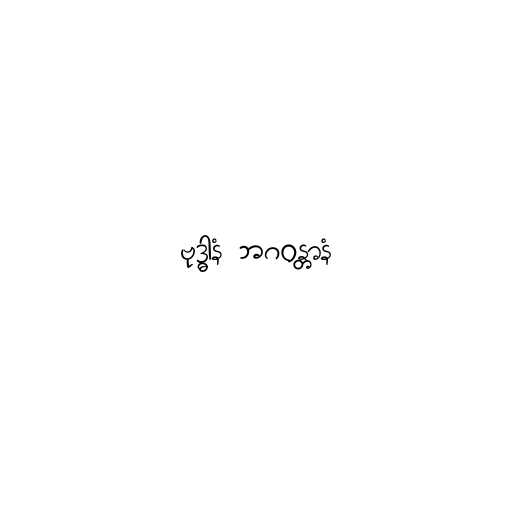
ဗုဒ္ဓါနံ ဘဂဝန္တာနံ